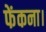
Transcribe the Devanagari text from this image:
फेंकना।